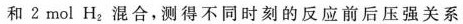
和 2 mol H_{2} 混合，测得不同时刻的反应前后压强关系